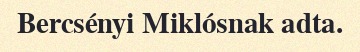
Bercsényi Miklósnak adta.